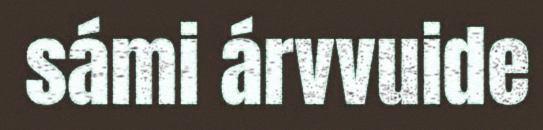
sámi árvvuide